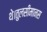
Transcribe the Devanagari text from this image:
थे।तुलसीमानस